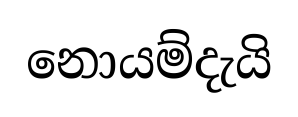
නොයම්දැයි